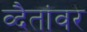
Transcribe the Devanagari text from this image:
व्दैतांवर